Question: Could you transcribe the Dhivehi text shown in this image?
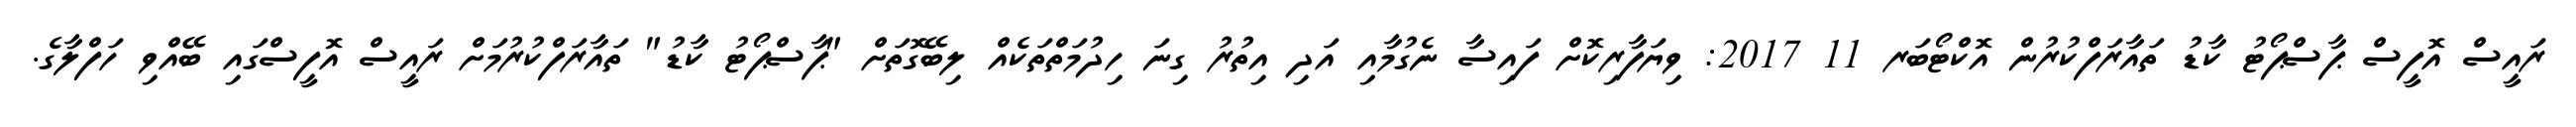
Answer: ރައީސް އޮފީސް ޕާސްޕޯޓު ކާޑު ތައާރަފްކުރުން އޮކްޓޯބަރ 11 2017: ވިޔަފާރިކޮށް ފައިސާ ނެގުމާއި އަދި އިތުރު ގިނަ ހިދުމަތްތަކެއް ލިބޭގޮތަށް "ޕާސްޕޯޓު ކާޑު" ތައާރަފްކުރުމަށް ރައީސް އޮފީސްގައި ބޭއްވި ހަފްލާގެ.